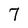
Character: 7